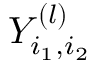
Y _ { i _ { 1 } , i _ { 2 } } ^ { ( l ) }